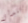
تتدلى